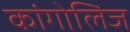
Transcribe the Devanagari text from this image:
कांगोलिज